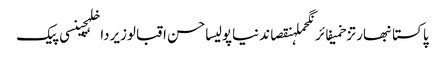
پاکستانبھارتزخمیفائرنگحملہنقصاندنیاپولیساحسن اقبالوزیرداخلہچینسی پیک